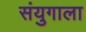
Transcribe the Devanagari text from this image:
संयुगाला